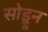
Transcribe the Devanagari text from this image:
सोडूून